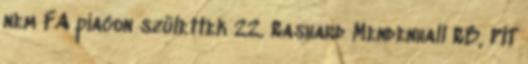
nem FA piacon születtek 22. Rashard Mendenhall RB, PIT